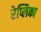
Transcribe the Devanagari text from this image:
रेप्लिका